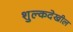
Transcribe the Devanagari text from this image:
शुल्कदेखील